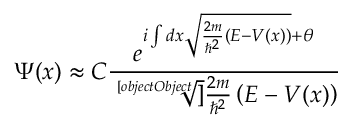
\Psi ( x ) \approx C { \frac { e ^ { i \int d x { \sqrt { { \frac { 2 m } { \hbar ^ { 2 } } } \left( E - V ( x ) \right) } } + \theta } } { \sqrt [ [object Object] ] { { \frac { 2 m } { \hbar ^ { 2 } } } \left( E - V ( x ) \right) } } }